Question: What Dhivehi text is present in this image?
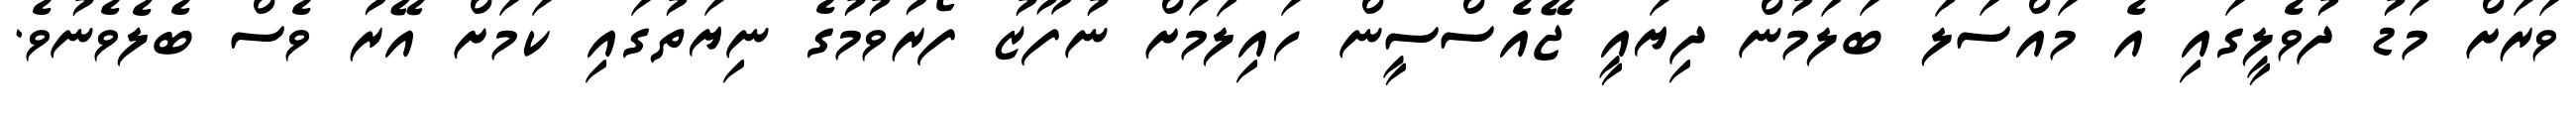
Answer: ވަރަށް މަޑު ދުވެލީގައި އެ މައްސަލަ ބަލަމުން ދިޔައީ ޖޭއެސްސީން ހައިލަމަށް ނުފޫޒު ފޯރުވުމުގެ ނިޔަތުގައި ކަމަށް އޭރު ވެސް ބެލެވެނުވެ.